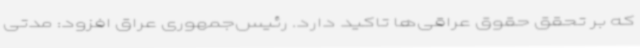
که بر تحقق حقوق عراقی‌ها تاکید دارد. رئیس‌جمهوری عراق افزود: مدتی